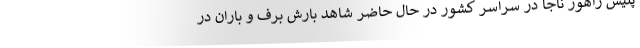
پلیس راهور ناجا در سراسر کشور در حال حاضر شاهد بارش برف و باران در